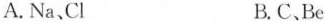
A.Na、Cl B.C、Be